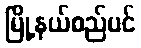
မြို့နယ်စည်ပင်